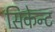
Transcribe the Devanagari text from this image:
सिकेन्ट